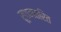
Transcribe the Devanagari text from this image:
रूपानतरित